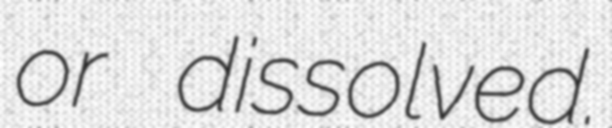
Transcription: or dissolved.